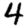
Digit: 4